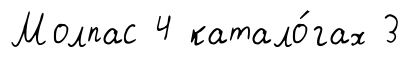
Молпас 4 катало́гах 3